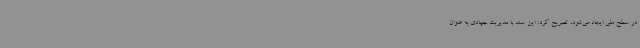
در سطح ملی ایجاد می‌شود، تصریح کرد: این سند با مدیریت جهادی به عنوان